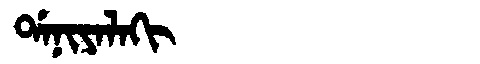
Manchu: ᡩᠠᠨᡳᠶᠠᠯᠠᡴᡳ
Romanization: DANIYALAKI